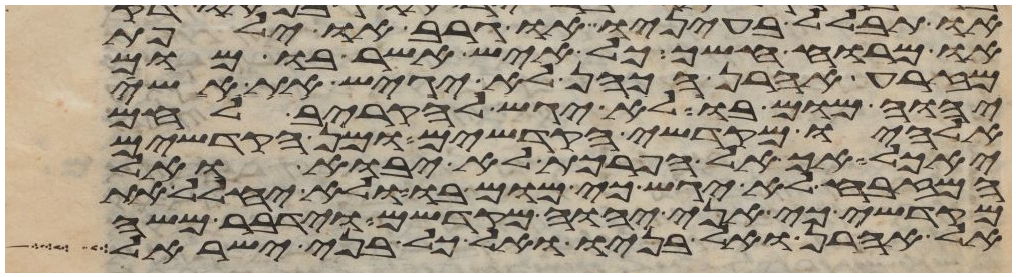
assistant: או תבלל בעיניו או גרב או ילפת
או מרוח אשך כל איש אשר בו מום
מזרע אהרן הכהן לא יגיש את אשי
יהוה מום בו לא יגש להקריב לחם
אלהיו מקדשי הקדשים ומן הקדשים
יאכל אך אל הפרכת לא יבוא ואל
המזבח לא יגש כי מום בו ולא יחלל את
מקדשי כי אני יהוה מקדשם וידבר משה
אל אהרן ואל בניו ואל כל בני ישראל